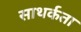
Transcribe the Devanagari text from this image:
साथर्कता